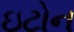
ઇટોન